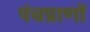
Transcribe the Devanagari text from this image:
पंचप्राणों